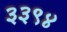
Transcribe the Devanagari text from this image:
३३९४